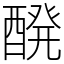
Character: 醗